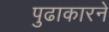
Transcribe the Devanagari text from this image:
पुढाकारने